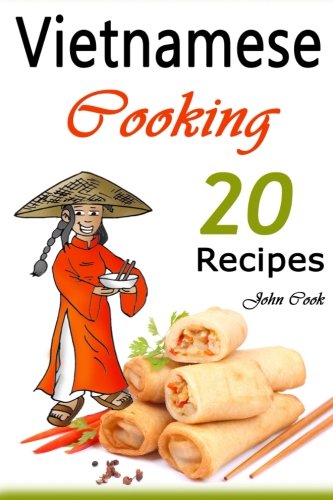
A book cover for Vietnamese Cooking: 20 Vietnamese Cookbook Spring Rolls and Other Vietnamese Recipes (Vietnamese Cuisine, Vietnamese Food, Vietnamese Cooking, Vietnamese Meals, Vietnamese Kitchen, Vietnamese Recipes); John Cook; Cookbooks, Food & Wine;